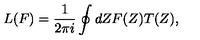
L ( F ) = \frac { 1 } { 2 \pi i } \oint d Z F ( Z ) T ( Z ) ,